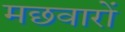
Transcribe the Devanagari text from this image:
मछवारों